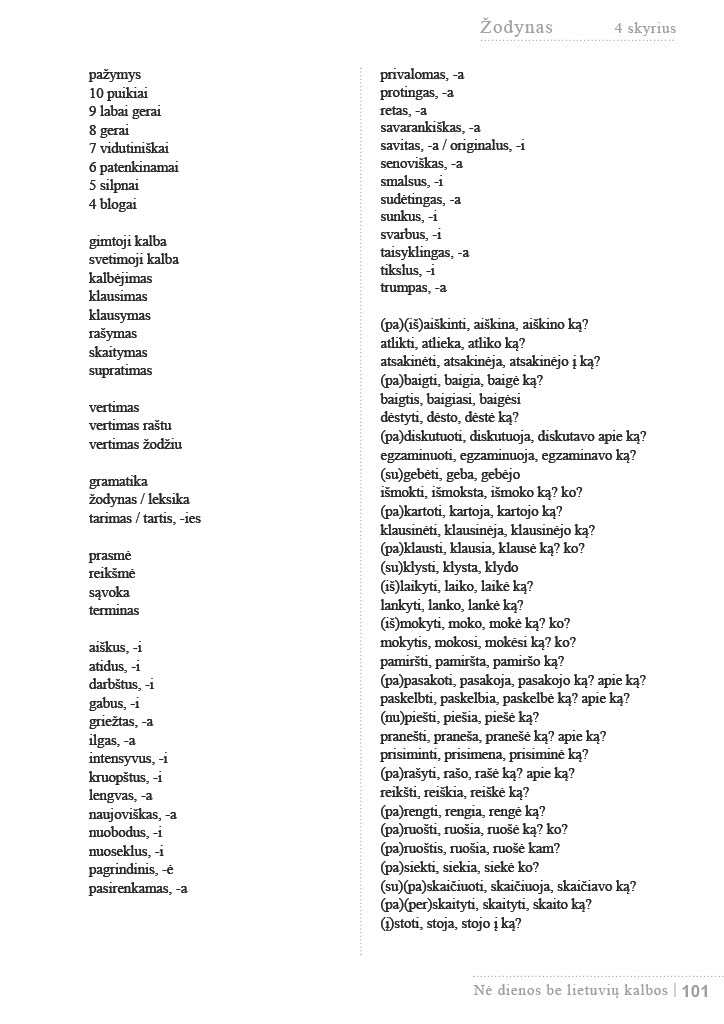
Language: lt